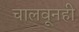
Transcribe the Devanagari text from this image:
चालवूनही